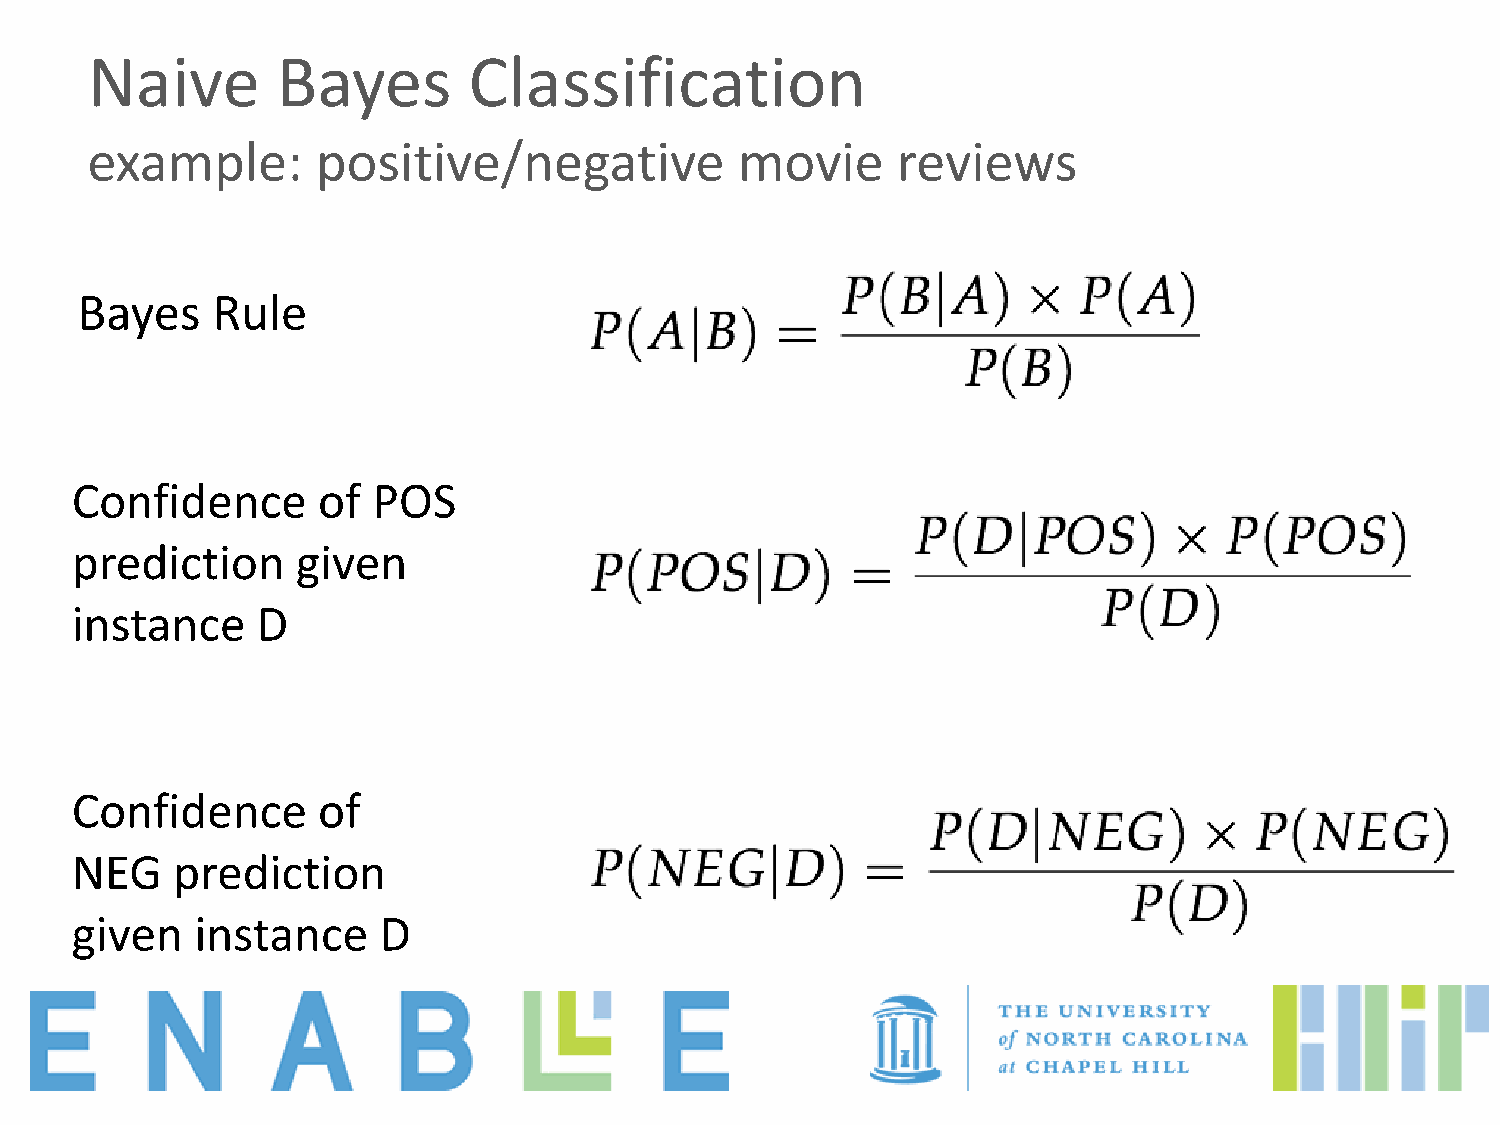
Naive       Bayes        Classification
 example:       positive/negative           movie     reviews
 Bayes    Rule
 Confidence      of  POS
 prediction     given
 instance    D
 Confidence      of
 NEG   prediction
 given   instance    D